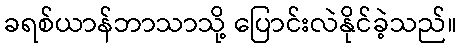
ခရစ်ယာန်ဘာသာသို့ ပြောင်းလဲနိုင်ခဲ့သည်။